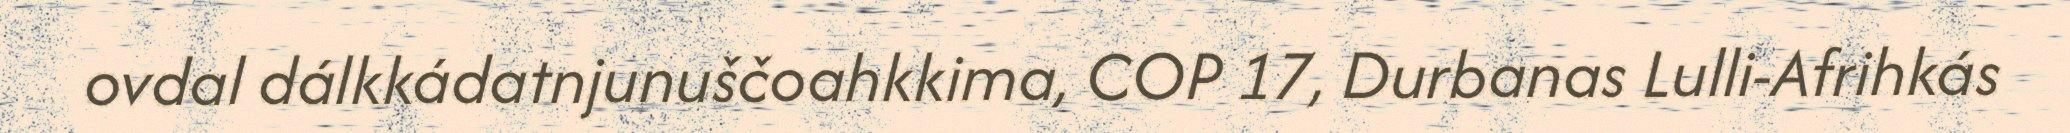
ovdal dálkkádatnjunuščoahkkima, COP 17, Durbanas Lulli-Afrihkás